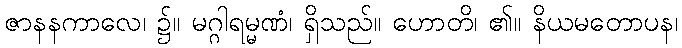
ဇာနနကာလေ၊ ၌။ မဂ္ဂါရမ္မဏံ၊ ရှိသည်။ ဟောတိ၊ ၏။ နိယမတောပန၊